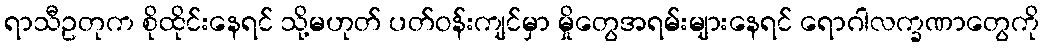
ရာသီဥတုက စိုထိုင်းနေရင် သို့မဟုတ် ပတ်ဝန်းကျင်မှာ မှိုတွေအရမ်းများနေရင် ရောဂါလက္ခဏာတွေကို